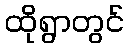
ထိုရွာတွင်